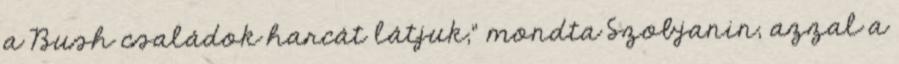
a Bush családok harcát látjuk,” mondta Szobjanin, azzal a